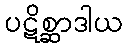
ပဋိစ္ဆာဒါယ